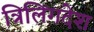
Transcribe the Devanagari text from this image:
त्रिलिंगदेश